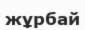
жұрбай